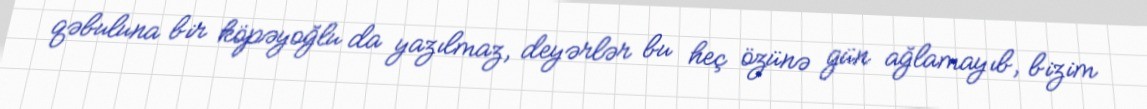
qəbuluna bir köpəyoğlu da yazılmaz, deyərlər bu heç özünə gün ağlamayıb, bizim